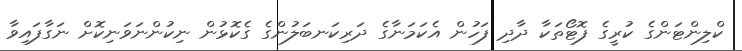
ކްލިންޓަންގެ ކުރީގެ ފޮޓޯތަކާ ދާދި ފަހުން އެކަމަނާގެ ދަރިކަނބަލުންގެ ގެކޮޅުން ނިކުންނަވަނިކޮށް ނަގާފައިވާ